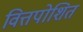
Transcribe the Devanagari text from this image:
वित्तपोशित